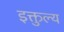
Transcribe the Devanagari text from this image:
इक्तुल्य